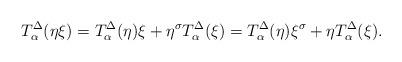
LaTeX: \begin{align*} T^{\Delta}_{\alpha}(\eta \xi)= T^{\Delta}_{\alpha}(\eta)\xi +\eta^{\sigma} T^{\Delta}_{\alpha} (\xi)=T^{\Delta}_{\alpha}(\eta)\xi^{\sigma} +\eta T^{\Delta}_{\alpha} (\xi).\end{align*}